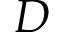
D